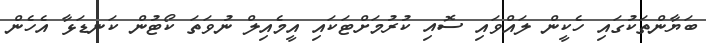
ބަޔާންތަކުގައި ހެކީން ލައްވައި ސޮއި ކުރުމަށްޓަކައި އީމެއިލް ނުވަތަ ކޯޓުން ކަނޑަޅާ އެހެން